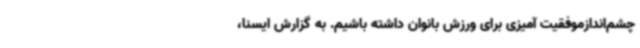
چشم‌اندازموفقیت آمیزی برای ورزش بانوان داشته باشیم. به گزارش ایسنا،